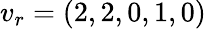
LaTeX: v_{r}=(2,2,0,1,0)